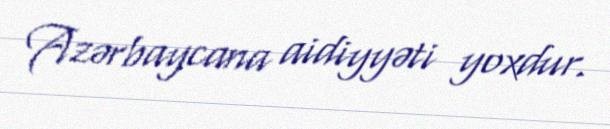
Azərbaycana aidiyyəti yoxdur.